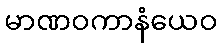
မာဏဝကာနံယေဝ